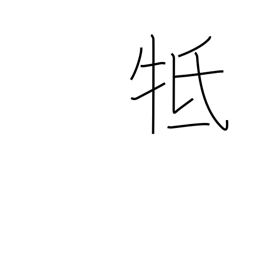
Meaning: touch